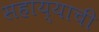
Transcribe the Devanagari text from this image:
सहाय्याची